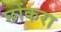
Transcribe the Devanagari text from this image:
छोंकरा